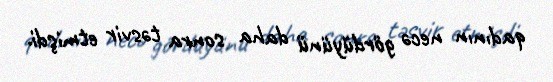
qadının necə gördüyünü daha sonra təsvir etmişdi.